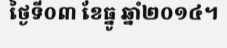
ថ្ងៃទី០៣ ខែធ្នូ ឆ្នាំ២០១៤។